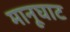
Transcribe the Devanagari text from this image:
मानूघाट